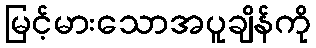
မြင့်မားသောအပူချိန်ကို